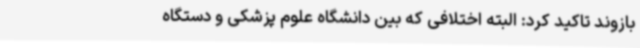
بازوند تاکید کرد: البته اختلافی که بین دانشگاه علوم پزشکی و دستگاه